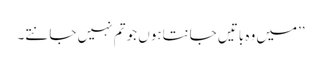
’’میں وہ باتیں جانتاہوں جو تم نہیں جانتے۔